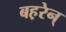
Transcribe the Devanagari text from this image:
बह़रेन्